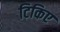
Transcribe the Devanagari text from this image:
टिकिए